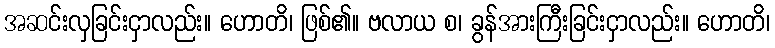
အဆင်းလှခြင်းငှာလည်း။ ဟောတိ၊ ဖြစ်၏။ ဗလာယ စ၊ ခွန်အားကြီးခြင်းငှာလည်း။ ဟောတိ၊